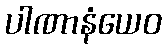
ပါဏာနံယေဝ